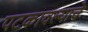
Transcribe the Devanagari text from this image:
पटकावल्याचे